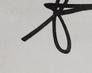
Signature authenticity: genuine